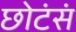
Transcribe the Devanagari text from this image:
छोटंसं